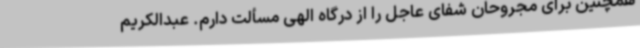
همچنین برای مجروحان شفای عاجل را از درگاه الهی مسألت دارم. عبدالکریم